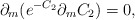
\begin{align*}\partial _{m}(e^{-C_{2}}\partial _{m}C_{2})=0, \end{align*}